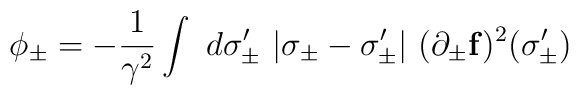
\phi_{\pm} = -\frac{1}{\gamma^2} \int~d\sigma_{\pm}'~                |\sigma_{\pm} - \sigma'_{\pm}|~                (\partial_{\pm}{\bf f})^2 (\sigma'_{\pm})